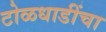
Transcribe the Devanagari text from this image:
टोळधाडींचा